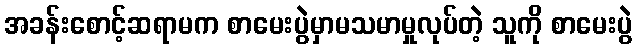
အခန်းစောင့်ဆရာမက စာမေးပွဲမှာမသမာမှုလုပ်တဲ့ သူကို စာမေးပွဲ